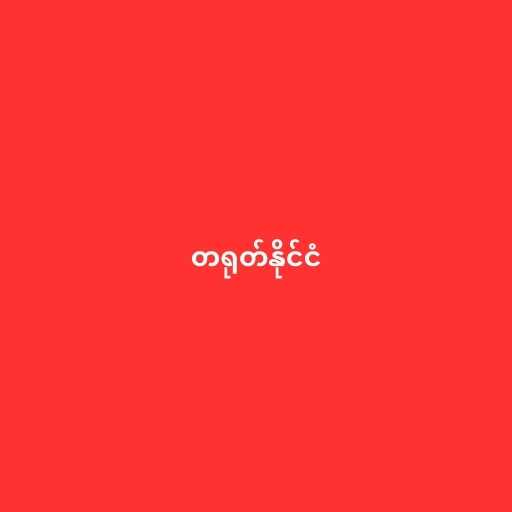
တရုတ်နိုင်ငံ